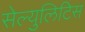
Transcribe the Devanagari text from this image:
सेल्युलिटिस